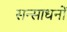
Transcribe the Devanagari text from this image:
सन्साधनों